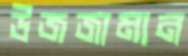
উজজামান